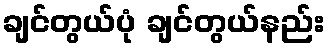
ချင်တွယ်ပုံ ချင်တွယ်နည်း